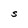
Character: S